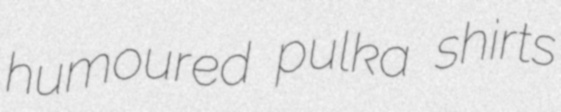
humoured pulka shirts